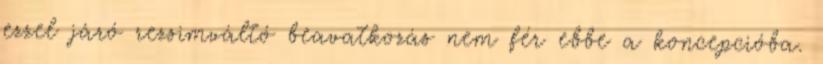
ezzel járó rezsimváltó beavatkozás nem fér ebbe a koncepcióba.